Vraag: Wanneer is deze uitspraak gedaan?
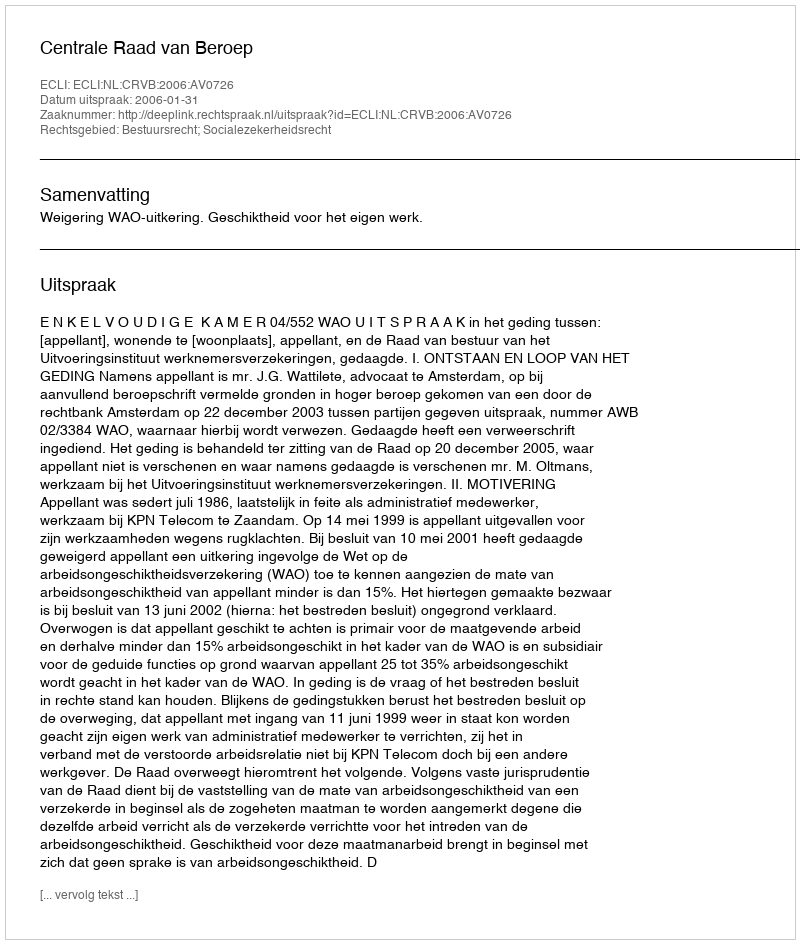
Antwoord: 2006-01-31